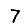
Digit: 7